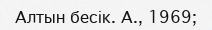
Алтын бесік. А., 1969;